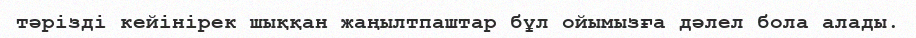
тәрiздi кейiнiрек шыққан жаңылтпаштар бұл ойымызға дәлел бола алады.